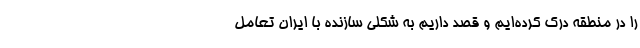
را در منطقه درک کرده‌ایم و قصد داریم به شکلی سازنده با ایران تعامل